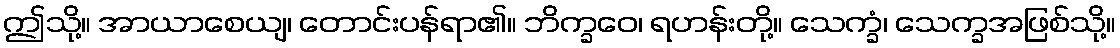
ဤသို့။ အာယာစေယျ၊ တောင်းပန်ရာ၏။ ဘိက္ခဝေ၊ ရဟန်းတို့။ သေက္ခံ၊ သေက္ခအဖြစ်သို့။